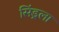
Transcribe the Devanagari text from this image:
सिंड्रला